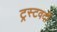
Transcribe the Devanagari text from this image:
ट्रस्टवर्दी